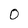
Character: 0